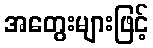
အတွေးများဖြင့်